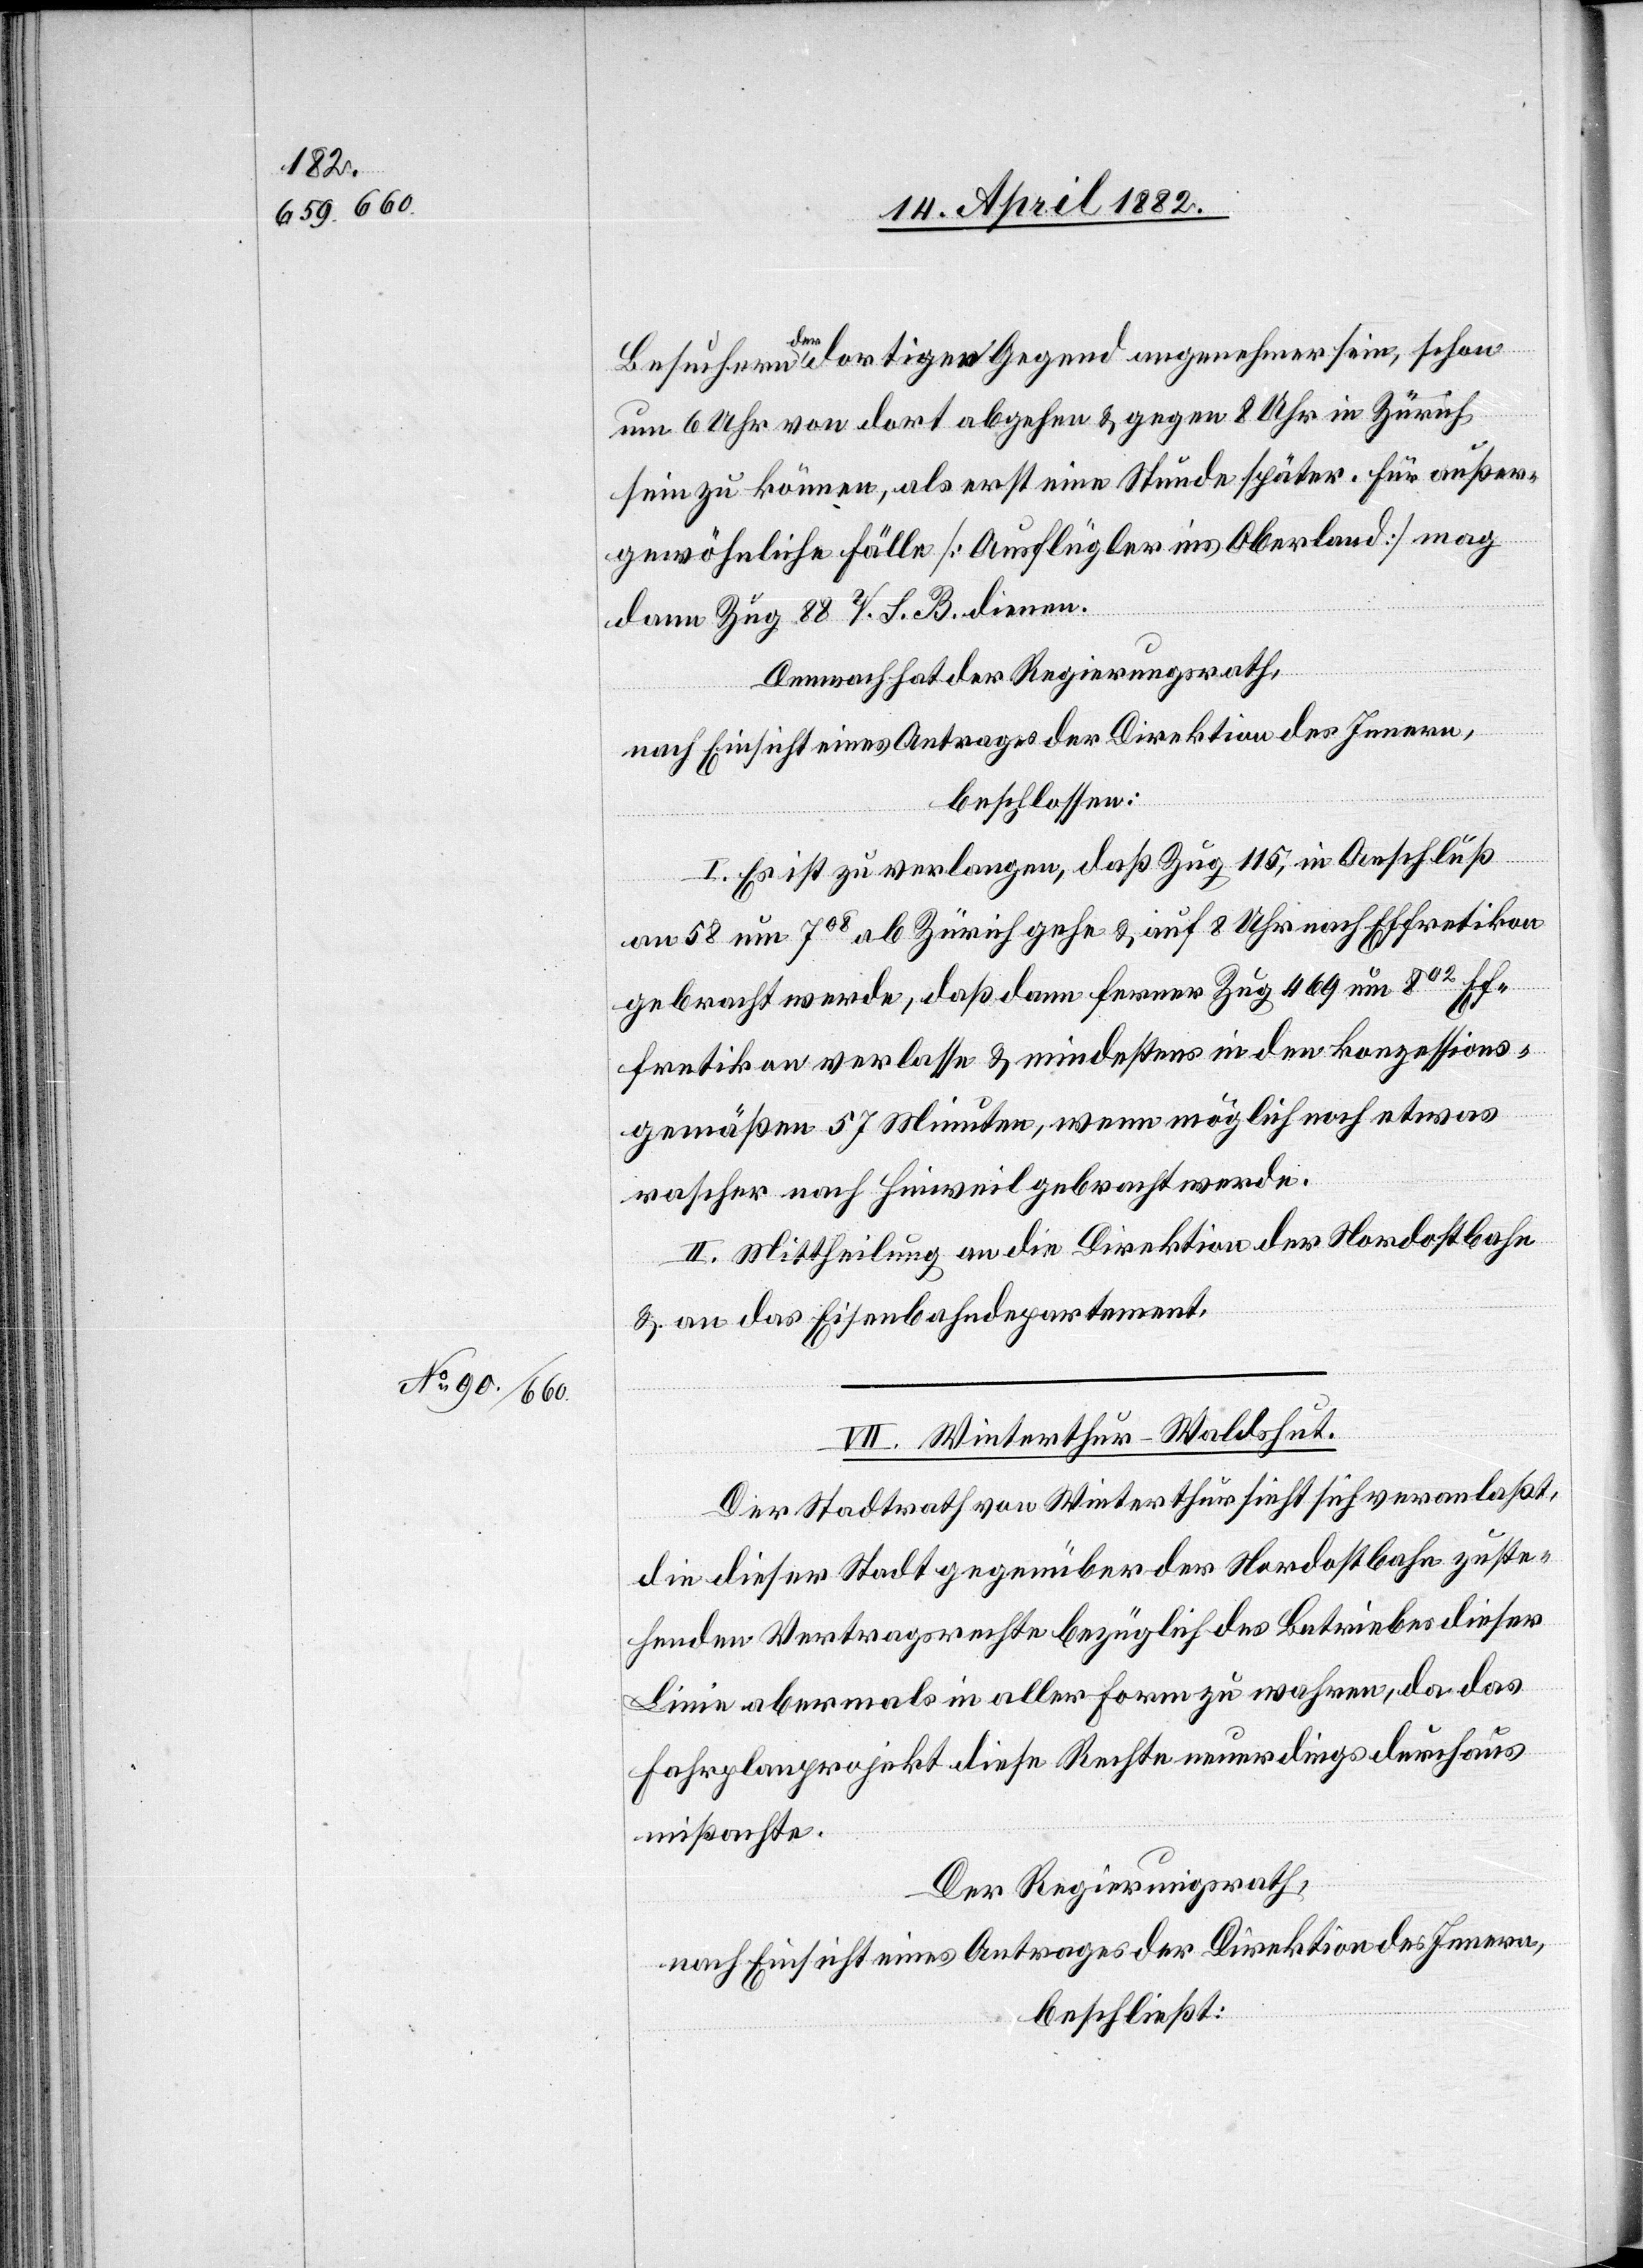
Besuchern der dortigen Gegend angenehmer sein, schon
um 6 Uhr von dort abgehen & gegen 8 Uhr in Zürich
sein zu können, als erst eine Stunde später. Für außer¬
gewöhnliche Fälle [Ausflügler ins Oberland] mag
dann Zug 88 V. S. B. dienen.
Demnach hat der Regierungsrath,
nach Einsicht eines Antrages der Direktion des Innern,
beschlossen:
I. Es ist zu verlangen, daß Zug 115, in Anschluß
an 58 um 708 ab Zürich gehe & auf 8 Uhr nach Effretikon
gebracht werde, daß dann ferner Zug 469 um 802 Ef¬
fretikon verlasse & mindestens in den konzessions¬
gemäßen 57 Minuten, wenn möglich noch etwas
rascher nach Hinweil gebracht werde.
II. Mittheilung an die Direktion der Nordostbahn
& an das Eisenbahndepartement.
VII. Winterthur–Waldshut.
Der Stadtrath von Winterthur sieht sich veranlaßt,
die dieser Stadt gegenüber der Nordostbahn zuste¬
henden Vertragsrechte bezüglich des Betriebes dieser
Linie abermals in aller Form zu wahren, da das
Fahrplanprojekt diese Rechte neuerdings durchaus
mißachte.
Der Regierungsrath,
nach Einsicht eines Antrages der Direktion des Innern,
beschließt: